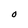
Character: O